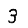
Digit: 3